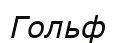
Гольф